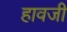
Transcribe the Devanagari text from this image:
हावजी